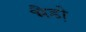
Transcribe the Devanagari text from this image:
भैडो़